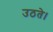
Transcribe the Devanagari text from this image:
उठते।